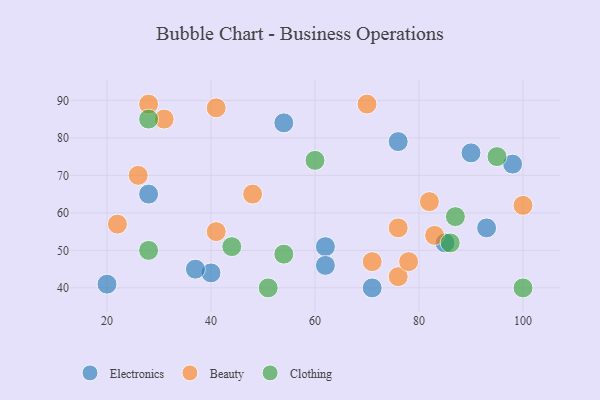
{"axis": {"x": "GDP", "y": "Life Expectancy"}, "legend": ["Beauty", "Clothing", "Electronics"], "data": [{"x": "85", "y": 52, "type": "Electronics"}, {"x": "62", "y": 51, "type": "Electronics"}, {"x": "71", "y": 40, "type": "Electronics"}, {"x": "98", "y": 73, "type": "Electronics"}, {"x": "28", "y": 65, "type": "Electronics"}, {"x": "90", "y": 76, "type": "Electronics"}, {"x": "93", "y": 56, "type": "Electronics"}, {"x": "76", "y": 79, "type": "Electronics"}, {"x": "40", "y": 44, "type": "Electronics"}, {"x": "54", "y": 84, "type": "Electronics"}, {"x": "37", "y": 45, "type": "Electronics"}, {"x": "62", "y": 46, "type": "Electronics"}, {"x": "20", "y": 41, "type": "Electronics"}, {"x": "82", "y": 63, "type": "Beauty"}, {"x": "76", "y": 43, "type": "Beauty"}, {"x": "70", "y": 89, "type": "Beauty"}, {"x": "41", "y": 88, "type": "Beauty"}, {"x": "78", "y": 47, "type": "Beauty"}, {"x": "22", "y": 57, "type": "Beauty"}, {"x": "83", "y": 54, "type": "Beauty"}, {"x": "100", "y": 62, "type": "Beauty"}, {"x": "71", "y": 47, "type": "Beauty"}, {"x": "26", "y": 70, "type": "Beauty"}, {"x": "76", "y": 56, "type": "Beauty"}, {"x": "31", "y": 85, "type": "Beauty"}, {"x": "48", "y": 65, "type": "Beauty"}, {"x": "41", "y": 55, "type": "Beauty"}, {"x": "28", "y": 89, "type": "Beauty"}, {"x": "95", "y": 75, "type": "Clothing"}, {"x": "54", "y": 49, "type": "Clothing"}, {"x": "51", "y": 40, "type": "Clothing"}, {"x": "60", "y": 74, "type": "Clothing"}, {"x": "100", "y": 40, "type": "Clothing"}, {"x": "87", "y": 59, "type": "Clothing"}, {"x": "86", "y": 52, "type": "Clothing"}, {"x": "28", "y": 50, "type": "Clothing"}, {"x": "28", "y": 85, "type": "Clothing"}, {"x": "44", "y": 51, "type": "Clothing"}]}